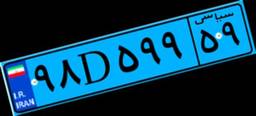
۰۳D۷۴۴۹۷